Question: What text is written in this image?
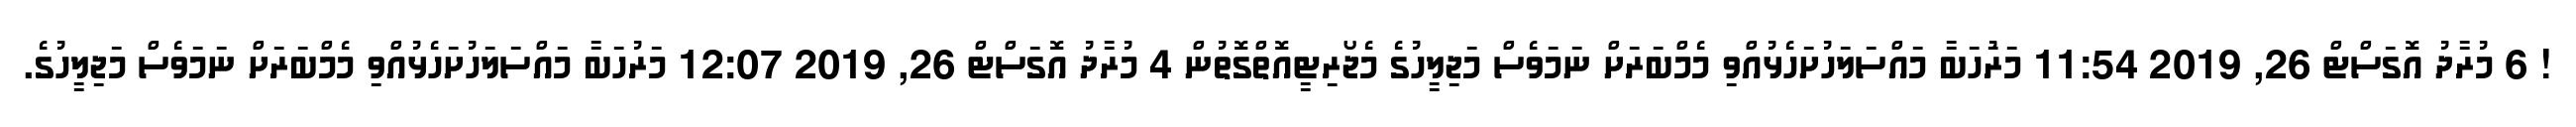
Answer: ! 6 މުރާދު އޮގަސްޓް 26, 2019 11:54 މަރުަހަބާ މައްސަލަހުށަހެޅުއްވި މެމްބަރަށް ނަމަވެސް މަޖިލީހުގެ މެޖޯރިޓީއޮތްގޮތުން 4 މުރާދު އޮގަސްޓް 26, 2019 12:07 މަރުހަބާ މައްސަލަހުށަހެޅުއްވި މެމްބަރަށް ނަމަވެސް މަޖިލީހުގެ.